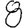
Digit: 8